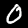
Label: 0